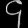
Digit: ၄